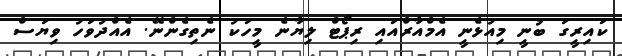
ކައިރީގަ ބުނީ މިއުޅެނީ އެމްއާރްއައި ރިޕޯޓް ލިޔާނެ މީހަކު ނެތިގެންނޭ. އެއްދުވަހު ވިޔަސް